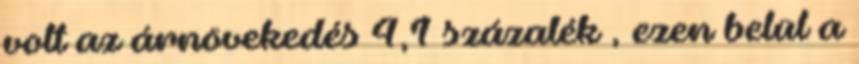
volt az árnövekedés 4,1 százalék , ezen belül a